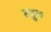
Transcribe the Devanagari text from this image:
लहुक